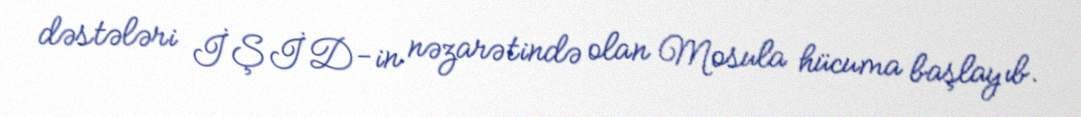
dəstələri İŞİD-in nəzarətində olan Mosula hücuma başlayıb.